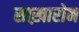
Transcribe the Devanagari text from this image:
साख़ारोन